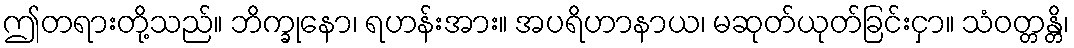
ဤတရားတို့သည်။ ဘိက္ခုနော၊ ရဟန်းအား။ အပရိဟာနာယ၊ မဆုတ်ယုတ်ခြင်းငှာ။ သံဝတ္တန္တိ၊